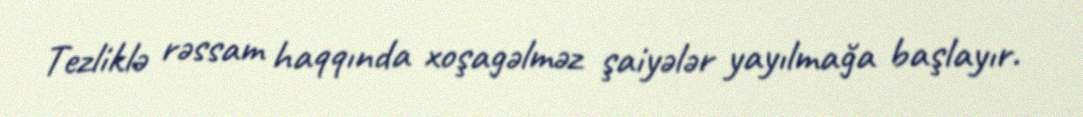
Tezliklə rəssam haqqında xoşagəlməz şaiyələr yayılmağa başlayır.